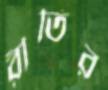
রীতির